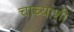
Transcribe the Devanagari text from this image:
चाच्यांशी